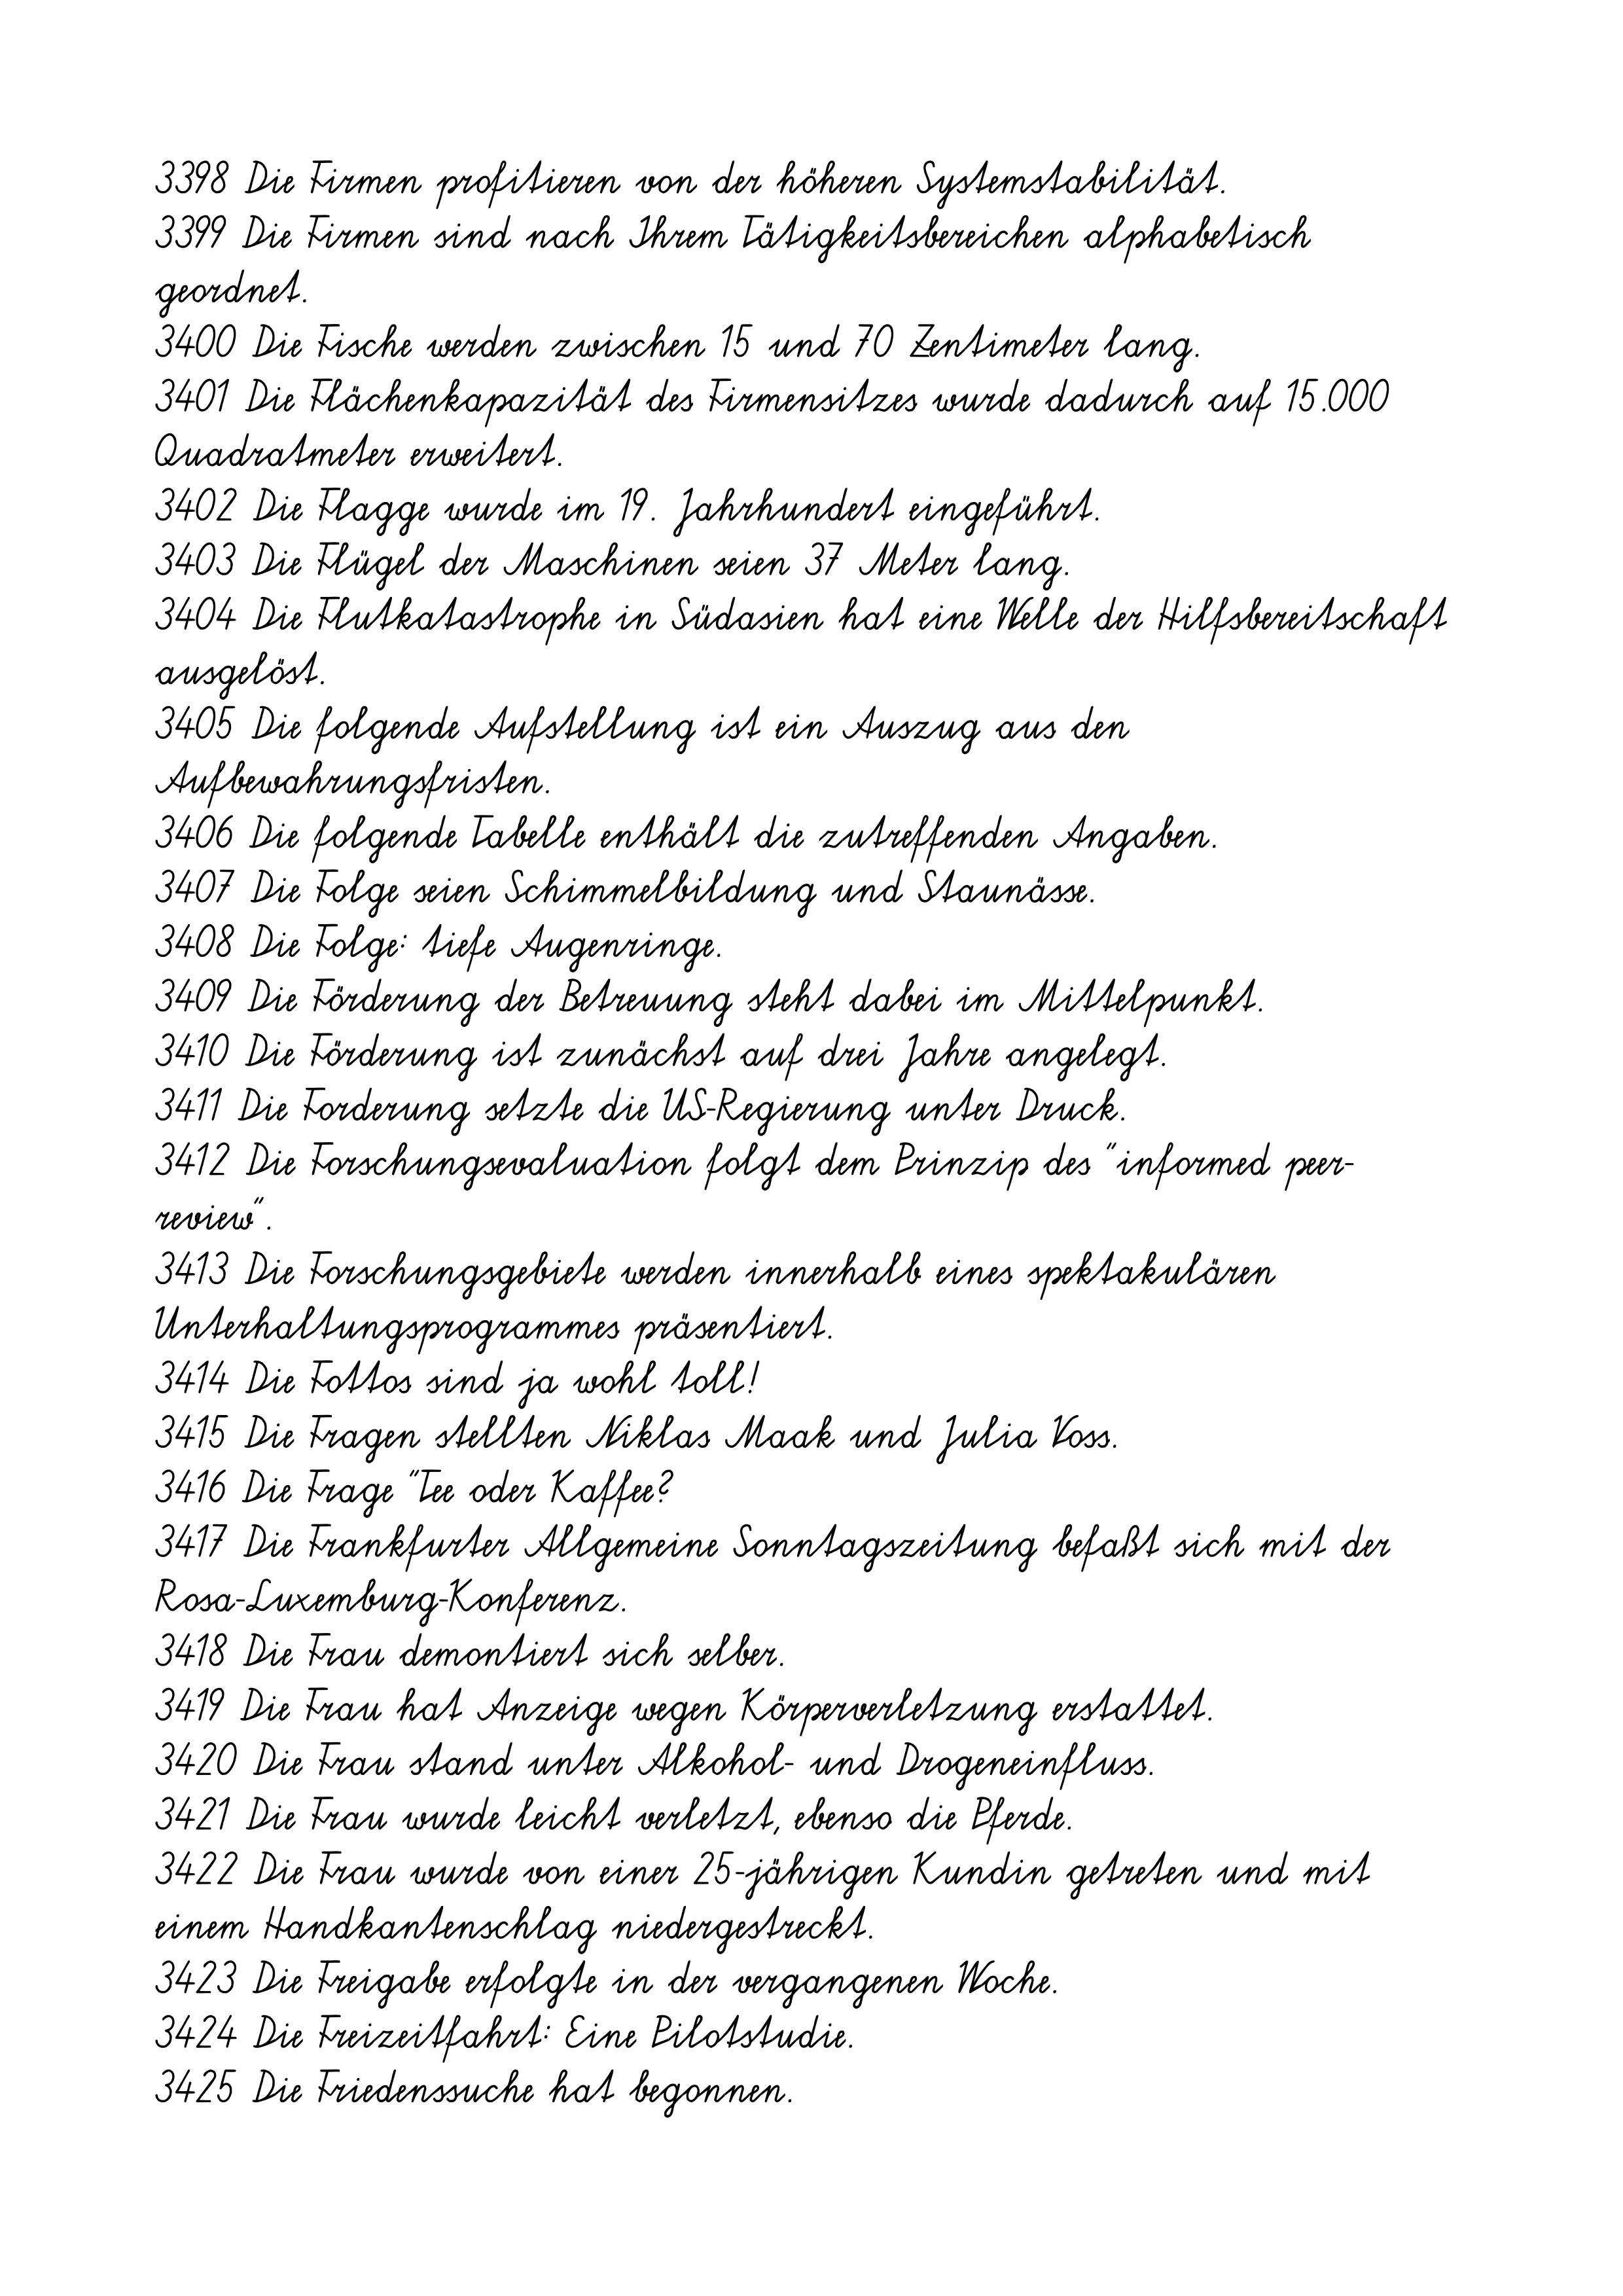
3398 Die Firmen profitieren von der höheren Systemstabilität.
3399 Die Firmen sind nach Ihrem Tätigkeitsbereichen alphabetisch
geordnet.
3400 Die Fische werden zwischen 15 und 70 Zentimeter lang.
3401 Die Flächenkapazität des Firmensitzes wurde dadurch auf 15.000
Quadratmeter erweitert.
3402 Die Flagge wurde im 19. Jahrhundert eingeführt.
3403 Die Flügel der Maschinen seien 37 Meter lang.
3404 Die Flutkatastrophe in Südasien hat eine Welle der Hilfsbereitschaft
ausgelöst.
3405 Die folgende Aufstellung ist ein Auszug aus den
Aufbewahrungsfristen.
3406 Die folgende Tabelle enthält die zutreffenden Angaben.
3407 Die Folge seien Schimmelbildung und Staunässe.
3408 Die Folge: tiefe Augenringe.
3409 Die Förderung der Betreuung steht dabei im Mittelpunkt.
3410 Die Förderung ist zunächst auf drei Jahre angelegt.
3411 Die Forderung setzte die US-Regierung unter Druck.
3412 Die Forschungsevaluation folgt dem Prinzip des "informed peer-
review".
3413 Die Forschungsgebiete werden innerhalb eines spektakulären
Unterhaltungsprogrammes präsentiert.
3414 Die Fottos sind ja wohl toll!
3415 Die Fragen stellten Niklas Maak und Julia Voss.
3416 Die Frage "Tee oder Kaffee?
3417 Die Frankfurter Allgemeine Sonntagszeitung befaßt sich mit der
Rosa-Luxemburg-Konferenz.
3418 Die Frau demontiert sich selber.
3419 Die Frau hat Anzeige wegen Körperverletzung erstattet.
3420 Die Frau stand unter Alkohol- und Drogeneinfluss.
3421 Die Frau wurde leicht verletzt, ebenso die Pferde.
3422 Die Frau wurde von einer 25-jährigen Kundin getreten und mit
einem Handkantenschlag niedergestreckt.
3423 Die Freigabe erfolgte in der vergangenen Woche.
3424 Die Freizeitfahrt: Eine Pilotstudie.
3425 Die Friedenssuche hat begonnen.